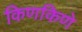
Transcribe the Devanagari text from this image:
किणकिणे